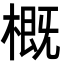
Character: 概